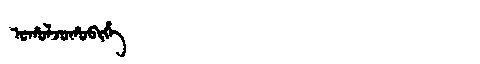
Manchu: ᠣᡥᠣᠯᠵᠣᡥᠣᠪᡳᡥᡝ
Romanization: OHOLJOHOBIHE